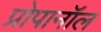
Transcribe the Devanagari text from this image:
प्रोपानॉल